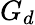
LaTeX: G_{d}